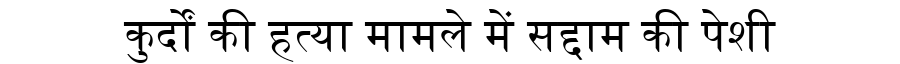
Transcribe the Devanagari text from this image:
कुर्दों की हत्या मामले में सद्दाम की पेशी